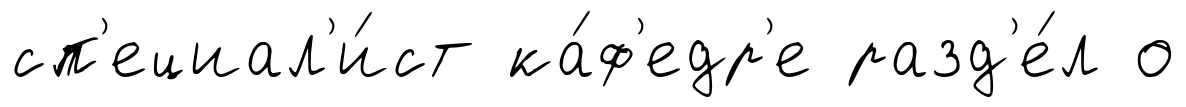
сп'ециал'и́ст ка́ф'едр'е разд'е́л о